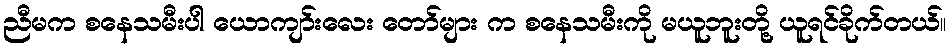
ညီမက စနေသမီးပါ ယောကျာ်းလေး တော်များ က စနေသမီးကို မယူဘူးတို့ ယူရင်ခိုက်တယ်။